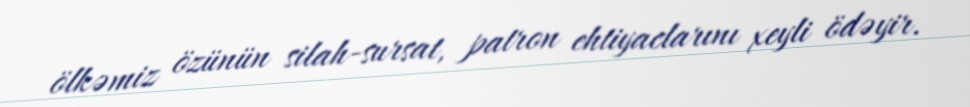
ölkəmiz özünün silah-sursat, patron ehtiyaclarını xeyli ödəyir.